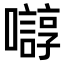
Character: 𫬛